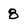
Character: 8